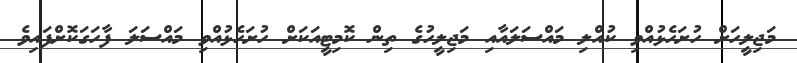
މަޖިލީހަށް ހުށަހެޅުއްވި ކުއްލި މައްސަލައާއި މަޖިލީހުގެ ތިން ކޮމިޓީއަކަށް ހުށަހެޅުއްވި މައްސަލަ ފާހަގަކޮށްފައިވެ